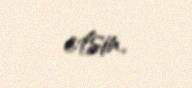
etsin.